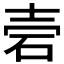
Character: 𥑟